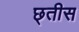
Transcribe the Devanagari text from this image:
छ्तीस